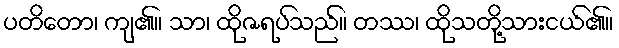
ပတိတော၊ ကျ၏။ သာ၊ ထိုဇရပ်သည်။ တဿ၊ ထိုသတို့သားငယ်၏။